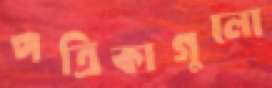
পত্রিকাগুলো